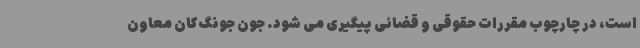
است، در چارچوب مقررات حقوقی و قضائی پیگیری می شود. جون جونگ کان معاون